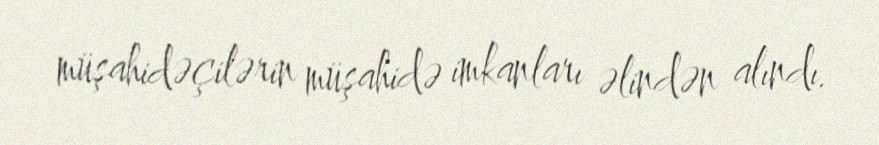
müşahidəçilərin müşahidə imkanları əlindən alındı.